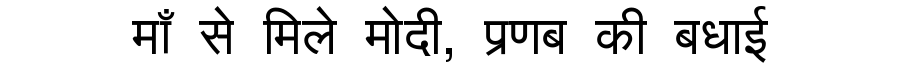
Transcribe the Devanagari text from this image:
माँ से मिले मोदी, प्रणब की बधाई